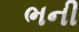
ભની